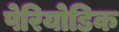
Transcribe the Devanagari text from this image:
पेरियोडिक